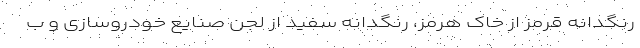
رنگدانه قرمز از خاک هرمز، رنگدانه سفید از لجن صنایع خودروسازی و ب